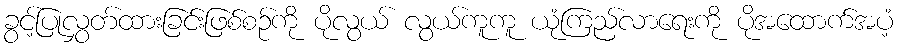
ခွင့်ပြုလွှတ်ထားခြင်းဖြစ်စဉ်ကို ပိုလွယ် လွယ်ကူကူ ယုံကြည်လာရေးကို ပိုအထောက်အပံ့